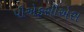
પીએફસીએસ